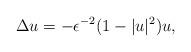
LaTeX: \begin{align*}\Delta u=-\epsilon^{-2}(1-|u|^2)u,\end{align*}